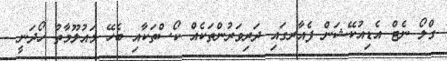
ގްލޯ ނެޓް އެޑިއުކޭޝަން ފެއާރގައި ދަރިވަރުންތަކެއް ކޯސްތަކާއި ބެހޭ މައުލޫމާތު ހޯދަނީ -